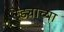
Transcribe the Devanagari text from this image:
रेड्याच्या